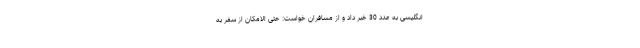
انگلیسی به عدد 30 خبر داد و از مسافران خواست: حتی الامکان از سفر به